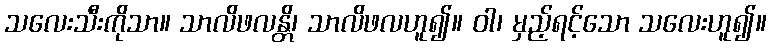
သလေးသီးကိုသာ။ သာလိဖလန္တိ၊ သာလိဖလဟူ၍။ ဝါ၊ မှည့်ရင့်သော သလေးဟူ၍။